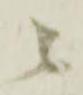
ニ